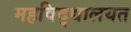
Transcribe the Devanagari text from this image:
महविद्द्यालयत